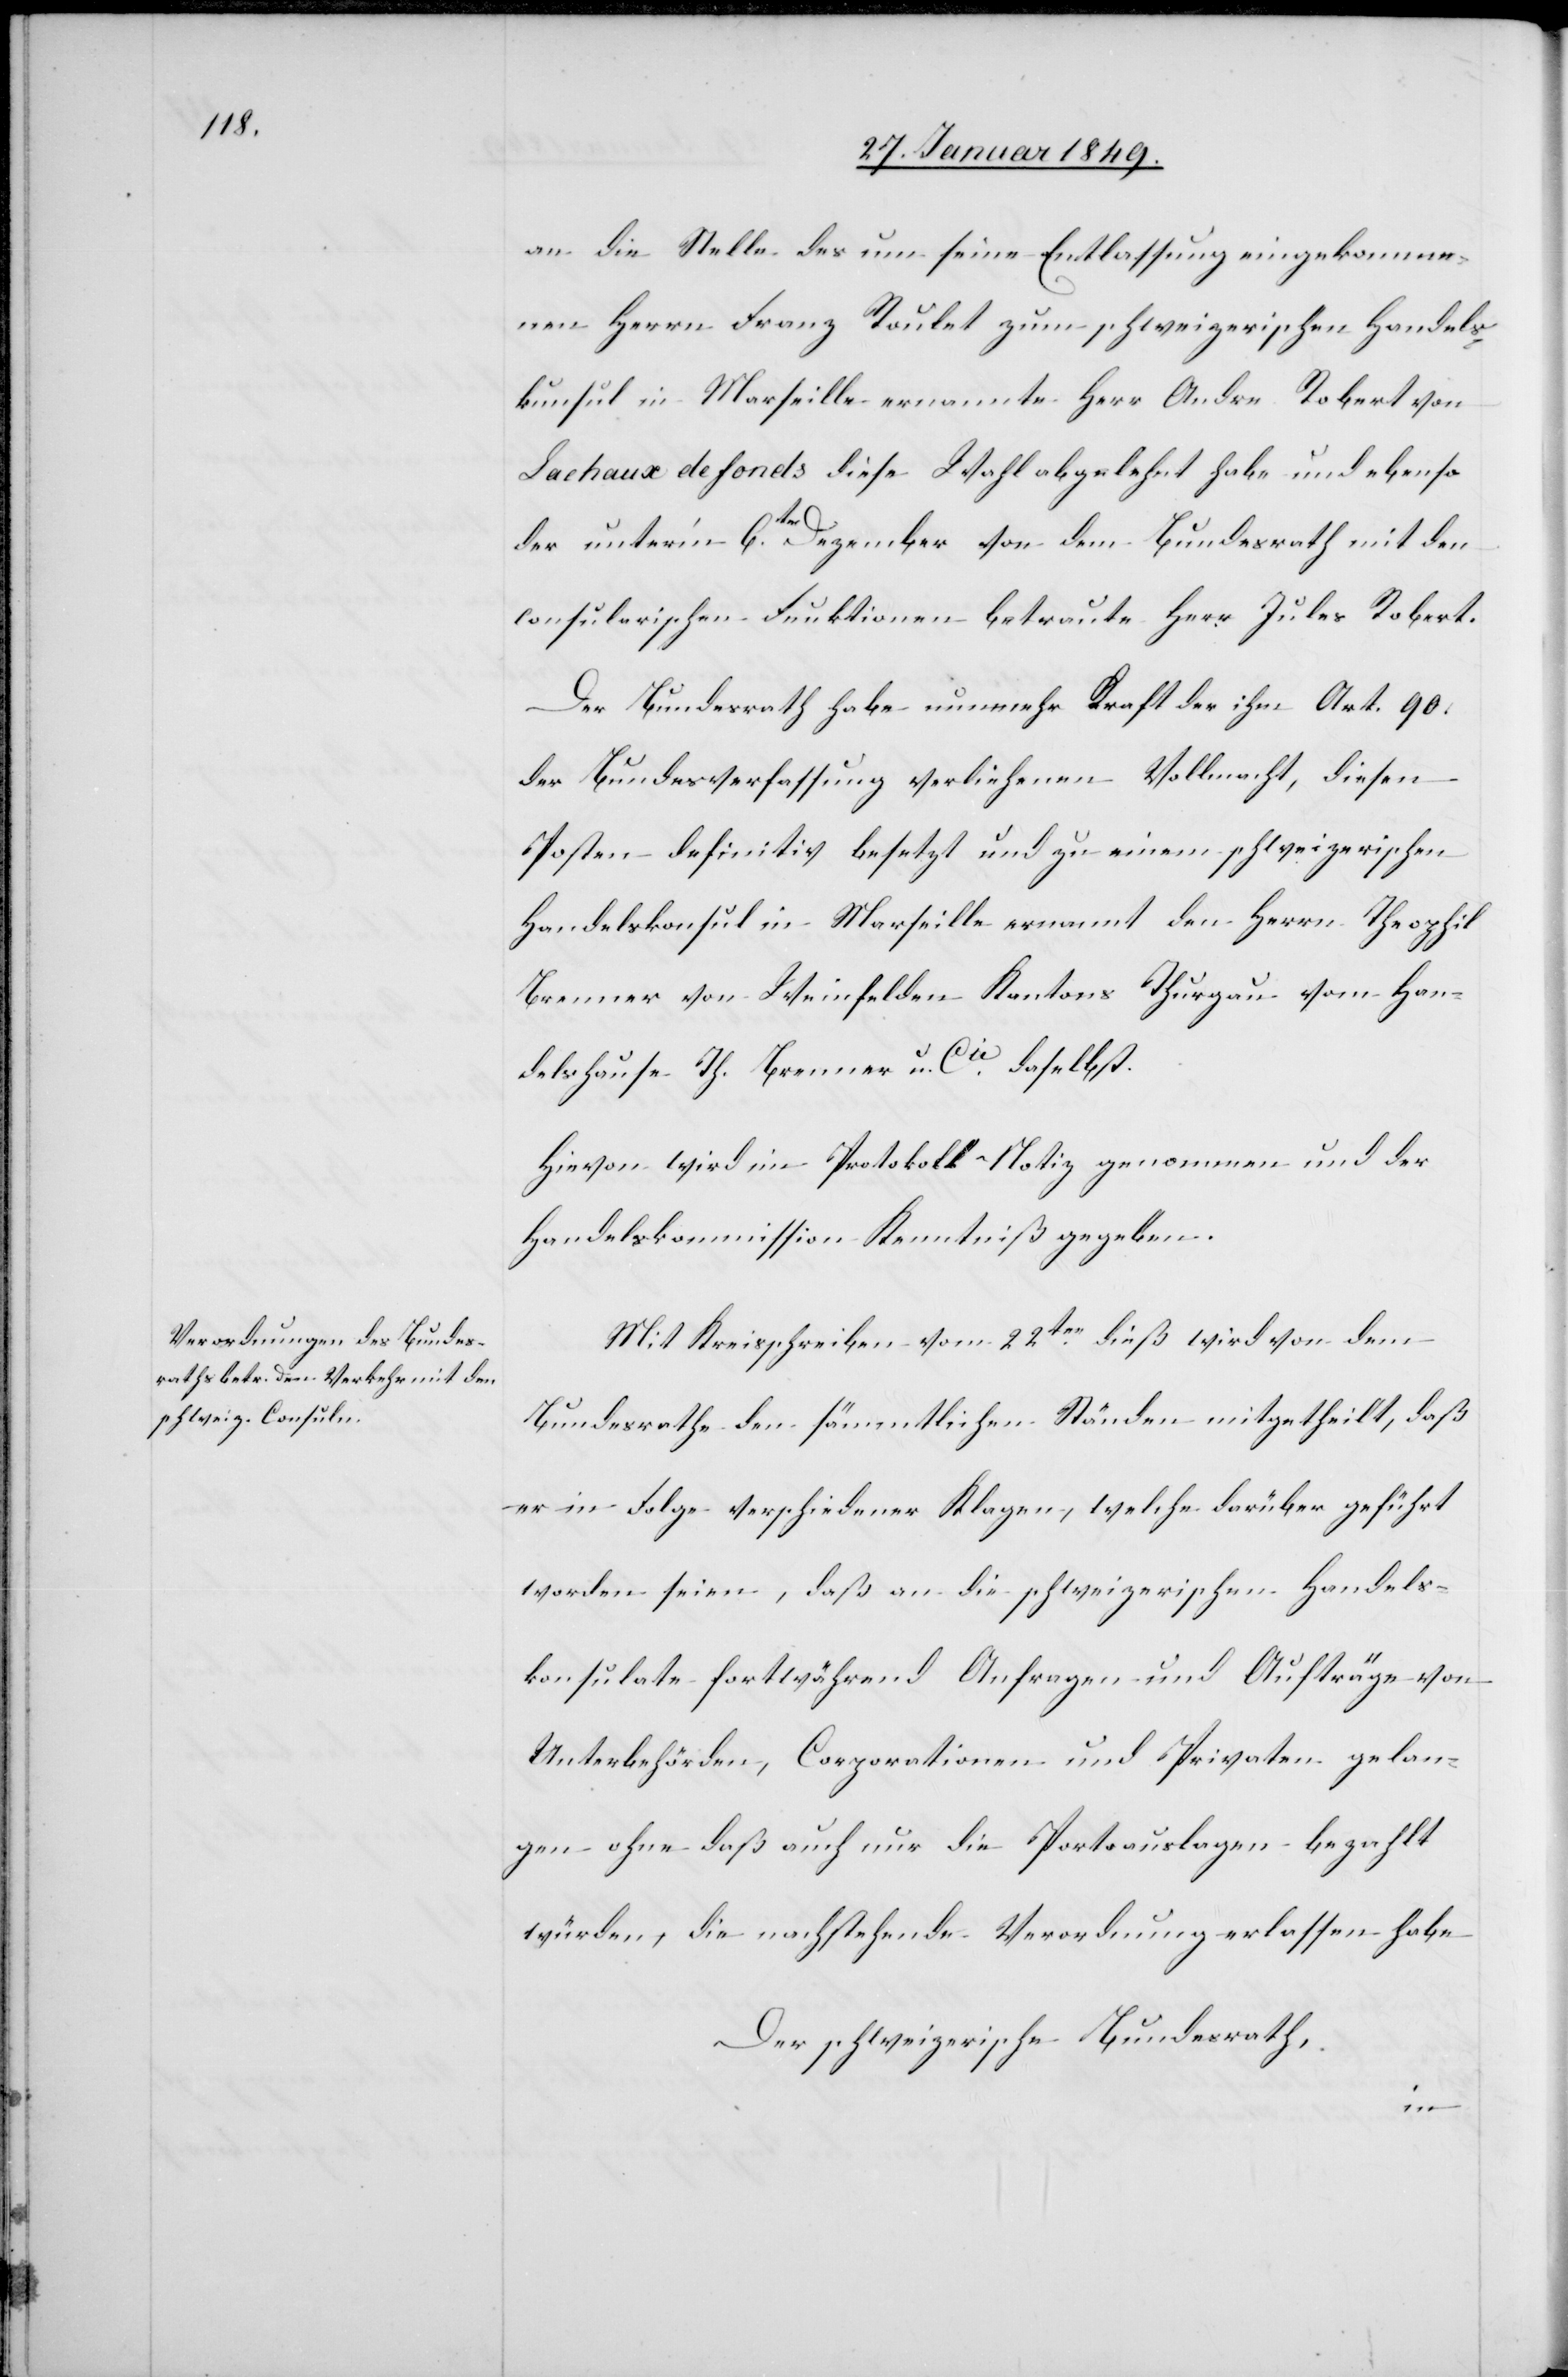
an die Stelle des um seine Entlassung eingekomme¬
nen Herrn Franz Roulet zum schweizerischen Handels¬
konsul in Marseille ernannte Herr Andre Robert von
La chaux de fonds diese Wahl abgelehnt habe und ebenso
der unter’m 6ten. Dezember von dem Bundesrath mit den
consularischen Funktionen betraute Herr Jules Robert.
Der Bundesrath habe nunmehr Kraft der ihm Art. 90.
der Bundesverfassung verliehenen Vollmacht, diesen
Posten definitiv besetzt und zu einem schweizerischen
Handelskonsul in Marseille ernannt den Herrn Theophil
Brenner von Weinfelden Kantons Thurgau vom Ha¬
use Th. Brenner u. Cie. daselbst.
Hievon wird im Protokoll Notiz genommen und der
Handelskommission Kenntniß gegeben.
Mit Kreisschreiben vom 22ten. dieß wird von dem
Bundesrathe den sämmtlichen Ständen mitgetheilt, daß
er in Folge verschiedener Klagen, welche darüber geführt
worden seien, daß an die schweizerischen Handels¬
konsulate fortwährend Anfragen und Aufträge von
Unterbehörden, Corporationen und Privaten gelan¬
gen ohne daß auch nur die Portoauslagen bezahlt
würden, die nachstehende Verordnung erlassen habe
Der schweizerische Bundesrath,